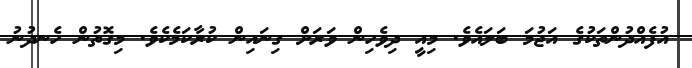
އުފެއްދުންތަކުގެ އަޖުމަ ބަލައެވެ. މިއީ ދިވެހިން ވަރަށް ގިނައިން ކުރާކަމެކެވެ. މިގޮތުން ހެނދުނު